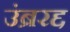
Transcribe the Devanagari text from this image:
उंब्ररद्द